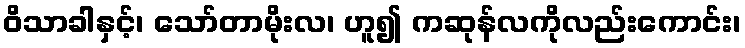
ဝိသာခါနှင့်၊ သော်တာမိုးလ၊ ဟူ၍ ကဆုန်လကိုလည်းကောင်း၊